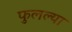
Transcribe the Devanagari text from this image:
फुलल्या